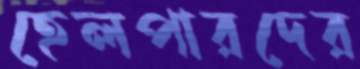
হেলপারদের